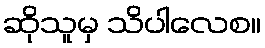
ဆိုသူမှ သိပါလေစ။